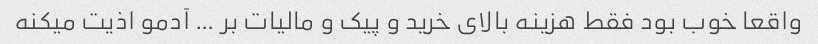
واقعا خوب بود فقط هزینه بالای خرید و پیک و مالیات بر … آدمو اذیت میکنه